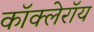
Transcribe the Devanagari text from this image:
कॉक्लेरॉय